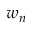
w _ { n }